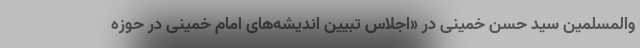
والمسلمین سید حسن خمینی در «اجلاس تبیین اندیشه‌های امام خمینی در حوزه